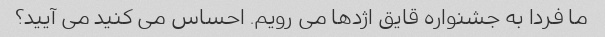
ما فردا به جشنواره قایق اژدها می رویم. احساس می کنید می آیید؟